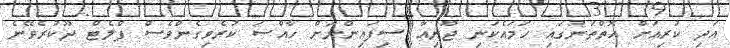
އަދި ކުރިއަށް އޮތްތަނުގައި ހަމައެކަނި ޖޫނިއާ ސިފައިންނަށް ހާއްސަ ކުރެވިގެންވެސް ފްލެޓް ދޫކުރެވޭނެ